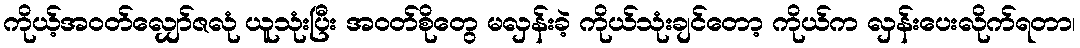
ကိုယ့်အဝတ်လျှော်ဇလုံ ယူသုံးပြီး အဝတ်စိုတွေ မလှန်းခဲ့ ကိုယ်သုံးချင်တော့ ကိုယ်က လှန်းပေးလိုက်ရတာ၊